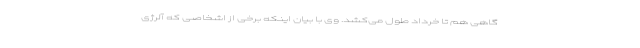
گاهی هم تا خرداد طول می‌کشد. وی با بیان اینکه برخی از اشخاصی که آلرژی